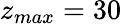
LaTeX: z_{max}=30